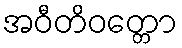
အဝီတိဝတ္တော